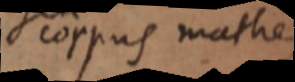
corpus mathe